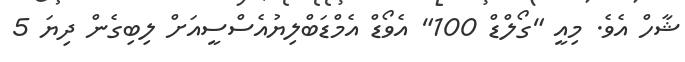
ޝާހް އެވެ. މިއީ "ގޯލްޑް 100" އެވޯޑް އެމްޑަބްލިޔުއެސްސީއަށް ލިބިގެން ދިޔަ 5